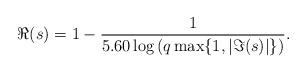
LaTeX: \begin{align*} \Re(s)=1-\frac{1}{5.60\log{(q\max\{1,|\Im(s)|\})}}.\end{align*}